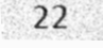
22